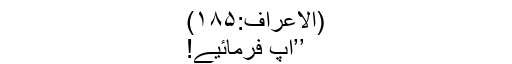
(الاعراف:۱۸۵)
’’آپ فرمائیے!